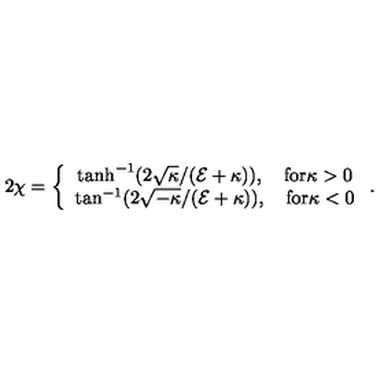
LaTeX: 2 \chi = \left\{ \begin{array} { c } { \tanh ^ { - 1 } ( 2 \sqrt { \kappa } / ( { \cal E } + \kappa ) ) , \quad \mathrm { f o r } \kappa > 0 } \\ { \tan ^ { - 1 } ( 2 \sqrt { - \kappa } / ( { \cal E } + \kappa ) ) , \quad \mathrm { f o r } \kappa < 0 } \\ \end{array} \right. .